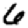
Digit: 6